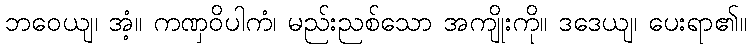
ဘဝေယျ၊ အံ့။ ကဏှဝိပါကံ၊ မည်းညစ်သော အကျိုးကို။ ဒဒေယျ၊ ပေးရာ၏။